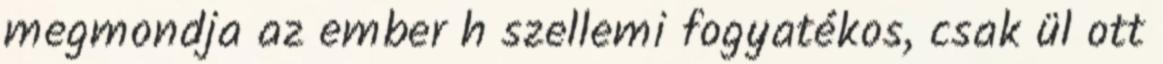
megmondja az ember h szellemi fogyatékos, csak ül ott